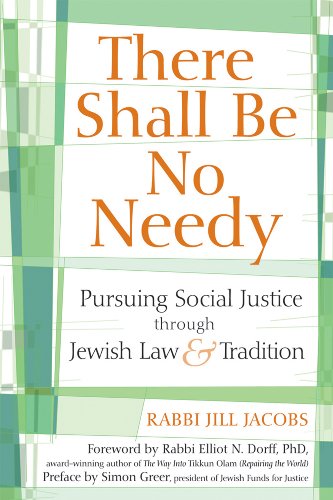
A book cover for There Shall Be No Needy: Pursuing Social Justice through Jewish Law and Tradition; Rabbi Jill Jacobs; Religion & Spirituality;